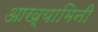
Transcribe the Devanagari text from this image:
आख्यामिनी